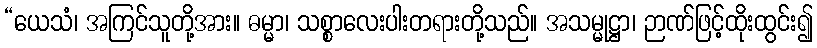
“ယေသံ၊ အကြင်သူတို့အား။ ဓမ္မာ၊ သစ္စာလေးပါးတရားတို့သည်။ အသမ္မုဋ္ဌာ၊ ဉာဏ်ဖြင့်ထိုးထွင်း၍